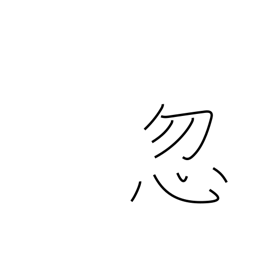
Meaning: neglect